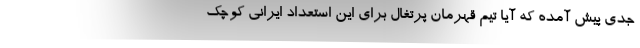
جدی پیش آمده که آیا تیم قهرمان پرتغال برای این استعداد ایرانی کوچک